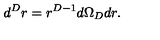
d ^ { { D } } r = r ^ { { D } - 1 } d \Omega _ { { D } } d r .